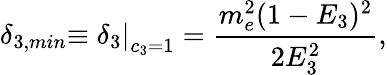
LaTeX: \delta_{3,min}\left.\equiv\delta_{3}\right|_{c_{3}=1}=\frac{m_{e}^{2}(1-E_{3})^{2}}{2E_{3}^{2}},